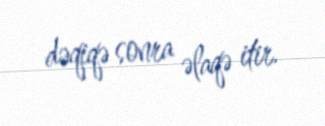
dəqiqə sonra əlaqə itir.